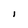
Character: I